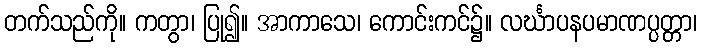
တက်သည်ကို။ ကတွာ၊ ပြု၍။ အာကာသေ၊ ကောင်းကင်၌။ လင်္ဃာပနပမာဏပ္ပတ္တာ၊